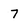
Character: 7